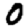
Digit: 0